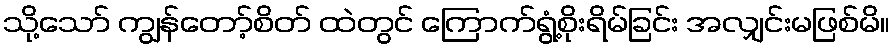
သို့သော် ကျွန်တော့်စိတ် ထဲတွင် ကြောက်ရွံ့စိုးရိမ်ခြင်း အလျှင်းမဖြစ်မိ။